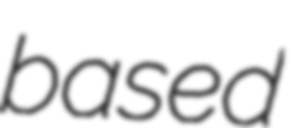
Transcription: based